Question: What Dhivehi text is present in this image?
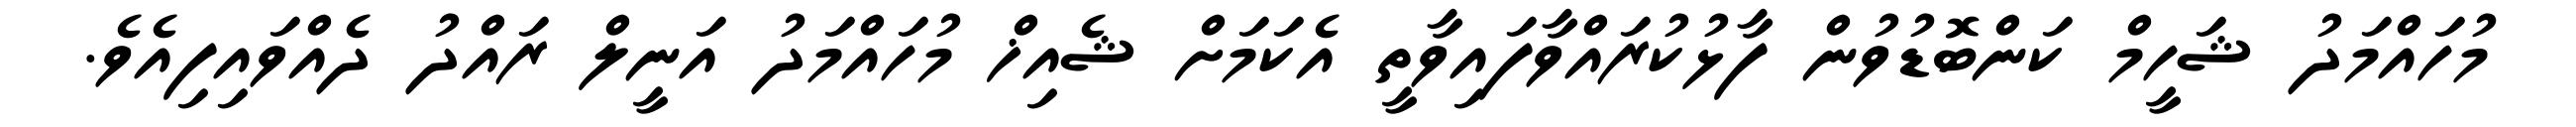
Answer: މުހައްމަދު ޝަހީމް ކަންބޮޑުވުން ފާޅުކުރައްވާފައިވާތީ އެކަމަށް ޝެއިޚް މުހައްމަދު އަނީލް ރައްދު ދެއްވައިފިއެވެ.